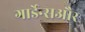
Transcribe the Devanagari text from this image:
गार्डेन्सऔर